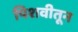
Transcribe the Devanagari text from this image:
पिशवीतून